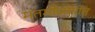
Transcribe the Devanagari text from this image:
मतमोजणीत